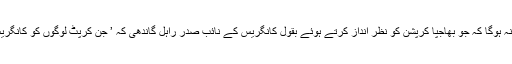
اب یہ دیکھنا دلچسپی سے خالی نہ ہوگا کہ جو بھاجپا کرپشن کو نظر انداز کرتے ہوئے بقول کانگریس کے نائب صدر راہل گاندھی کہ ’ جن کرپٹ لوگوں کو کانگریس نے کوڑے میں پینک دیا تھا۔